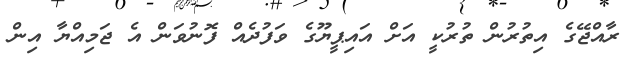
ރާއްޖޭގެ އިތުރުން ތުރުކީ އަށް އައިޕީޔޫގެ ވަފުދެއް ފޮނުވަން އެ ޖަމިއްޔާ އިން